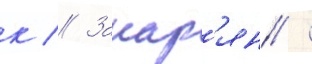
к // Закар'ян /